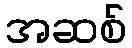
အဆစ်